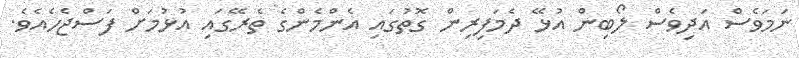
ނަމަވެސް އަދިވެސް ލޯބިން އުޅޭ ދެމަފިރިން ގޮތުގައި އެންމެންގެ ތެރޭގައި އުޅުމަށް ފަސްޖެހެއެވެ.